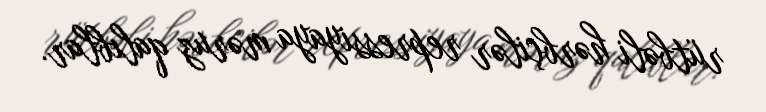
rütbəli hərbçilər repressiyaya məruz qalıblar.